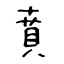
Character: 賁